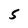
Character: 5